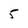
Character: 5